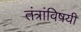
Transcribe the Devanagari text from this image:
तंत्रांविषयी